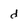
Character: d